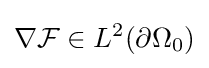
\nabla {\mathcal {F}}\in L^{2}(\partial \Omega _{0})